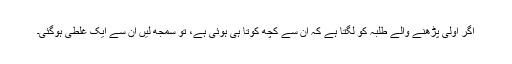
اگر اولیٰ پڑھنے والے طلبہ کو لگتا ہے کہ ان سے کچھ کوتا ہی ہوئی ہے، تو سمجھ لیں ان سے ایک غلطی ہوگئی۔